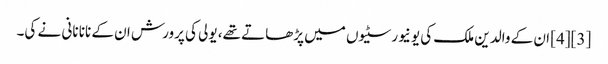
[3][4] ان کے والدین ملک کی یونیورسٹیوں میں پڑھاتے تھے، یولی کی پرورش ان کے نانا نانی نے کی۔